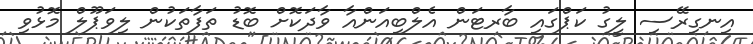
އިނގިރޭސި ލީގު ކަޕްގައި ބާރޓަން އެލްބިއަންއާ ވާދަކޮށް ބޮޑު ތަފާތަކުން ލިވަޕޫލް މޮޅުވި